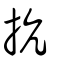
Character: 抗